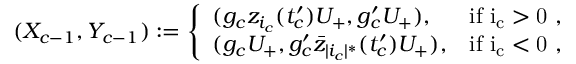
( X _ { c - 1 } , Y _ { c - 1 } ) : = \left\{ \begin{array} { l l } { ( g _ { c } z _ { i _ { c } } ( t _ { c } ^ { \prime } ) U _ { + } , g _ { c } ^ { \prime } U _ { + } ) , } & { \mathrm { i f ~ i _ c > 0 ~ , } } \\ { ( g _ { c } U _ { + } , g _ { c } ^ { \prime } \bar { z } _ { | i _ { c } | ^ { * } } ( t _ { c } ^ { \prime } ) U _ { + } ) , } & { \mathrm { i f ~ i _ c < 0 ~ , } } \end{array} \right.